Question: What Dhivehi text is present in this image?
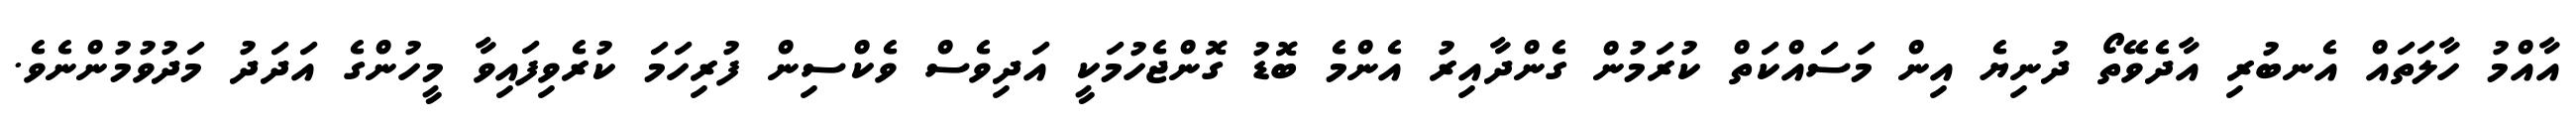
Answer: އާއްމު ހާލަތައް އެނބުރި އާދެވޭތޯ ދުނިޔެ އިން މަސައްކަތް ކުރަމުން ގެންދާއިރު އެންމެ ބޮޑު ގޮންޖެހުމަކީ އަދިވެސް ވެކްސިން ފުރިހަމަ ކުރެވިފައިވާ މީހުންގެ އަދަދު މަދުވުމުންނެވެ.